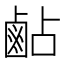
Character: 𪉜